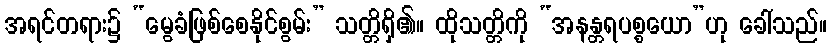
အရင်တရား၌ “မွေခံဖြစ်စေနိုင်စွမ်း” သတ္တိရှိ၏။ ထိုသတ္တိကို “အနန္တရပစ္စယော”ဟု ခေါ်သည်။